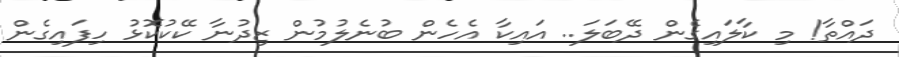
ދައްތާ! މި ކާލައިގެން ދޭބަލަ.. އައިކާ އެހެން ބުނެލުމުން ޒިދުނާ ކޭކުކޮޅު ހިފައިގެން